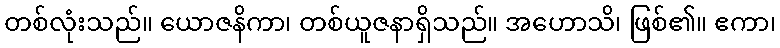
တစ်လုံးသည်။ ယောဇနိကာ၊ တစ်ယူဇနာရှိသည်။ အဟောသိ၊ ဖြစ်၏။ ဧကာ၊